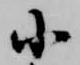
小